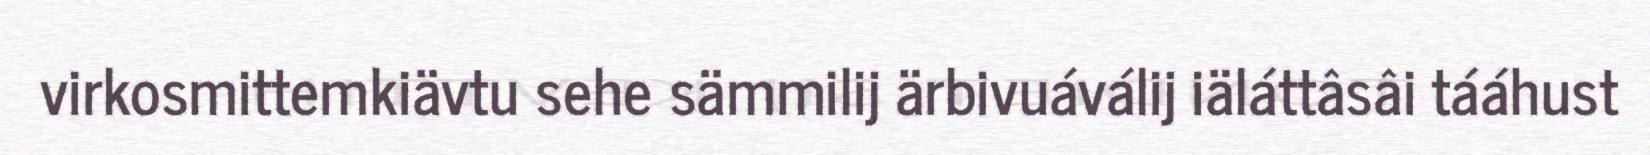
virkosmittemkiävtu sehe sämmilij ärbivuáválij iäláttâsâi tááhust